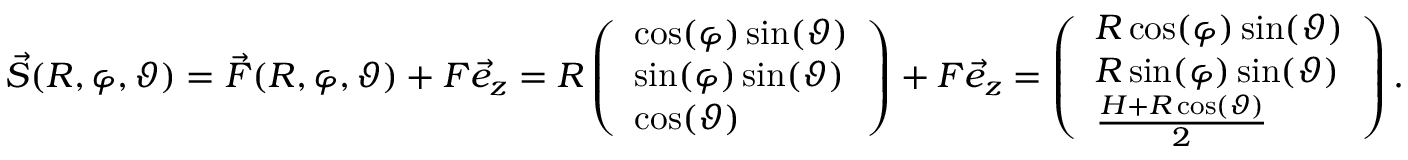
\vec { S } ( R , \varphi , \vartheta ) = \vec { F } ( R , \varphi , \vartheta ) + F \vec { e } _ { z } = R \left( \begin{array} { l } { \cos ( \varphi ) \sin ( \vartheta ) } \\ { \sin ( \varphi ) \sin ( \vartheta ) } \\ { \cos ( \vartheta ) } \end{array} \right) + F \vec { e } _ { z } = \left( \begin{array} { l } { R \cos ( \varphi ) \sin ( \vartheta ) } \\ { R \sin ( \varphi ) \sin ( \vartheta ) } \\ { \frac { H + R \cos ( \vartheta ) } { 2 } } \end{array} \right) .